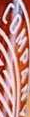
COMPANY